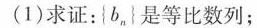
(1)求证：{b_{n}}是等比数列；